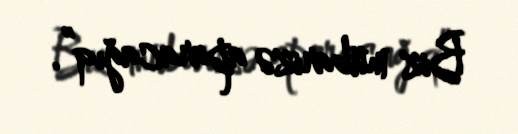
Biz mübarizə aparacağıq”.